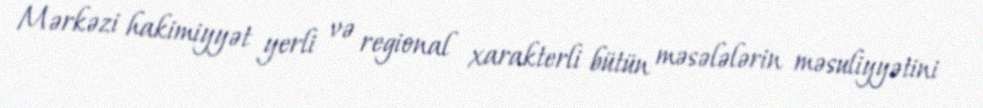
Mərkəzi hakimiyyət yerli və regional xarakterli bütün məsələlərin məsuliyyətini